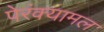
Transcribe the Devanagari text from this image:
पेरंक्यामल